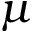
\mu